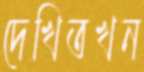
দেখিতখন